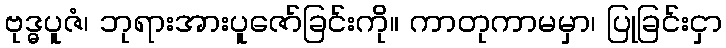
ဗုဒ္ဓပူဇံ၊ ဘုရားအားပူဇော်ခြင်းကို။ ကာတုကာမမှာ၊ ပြုခြင်းငှာ